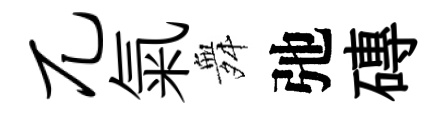
兀氣舞弛磚